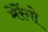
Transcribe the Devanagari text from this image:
मेरेंगो